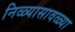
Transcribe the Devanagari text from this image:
निळ्यासावळ्या